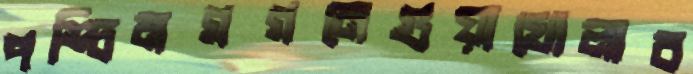
পশ্চিমগগনেগুয়াখোলাব